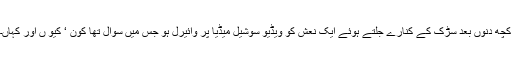
کچھ دنوں بعد سڑک کے کنارے جلتے ہوئے ایک نعش کو ویڈیو سوشیل میڈیا پر وائیرل ہو جس میں سوال تھا کون ‘ کیو ں اور کہاں۔